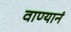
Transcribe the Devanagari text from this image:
वाण्यानं